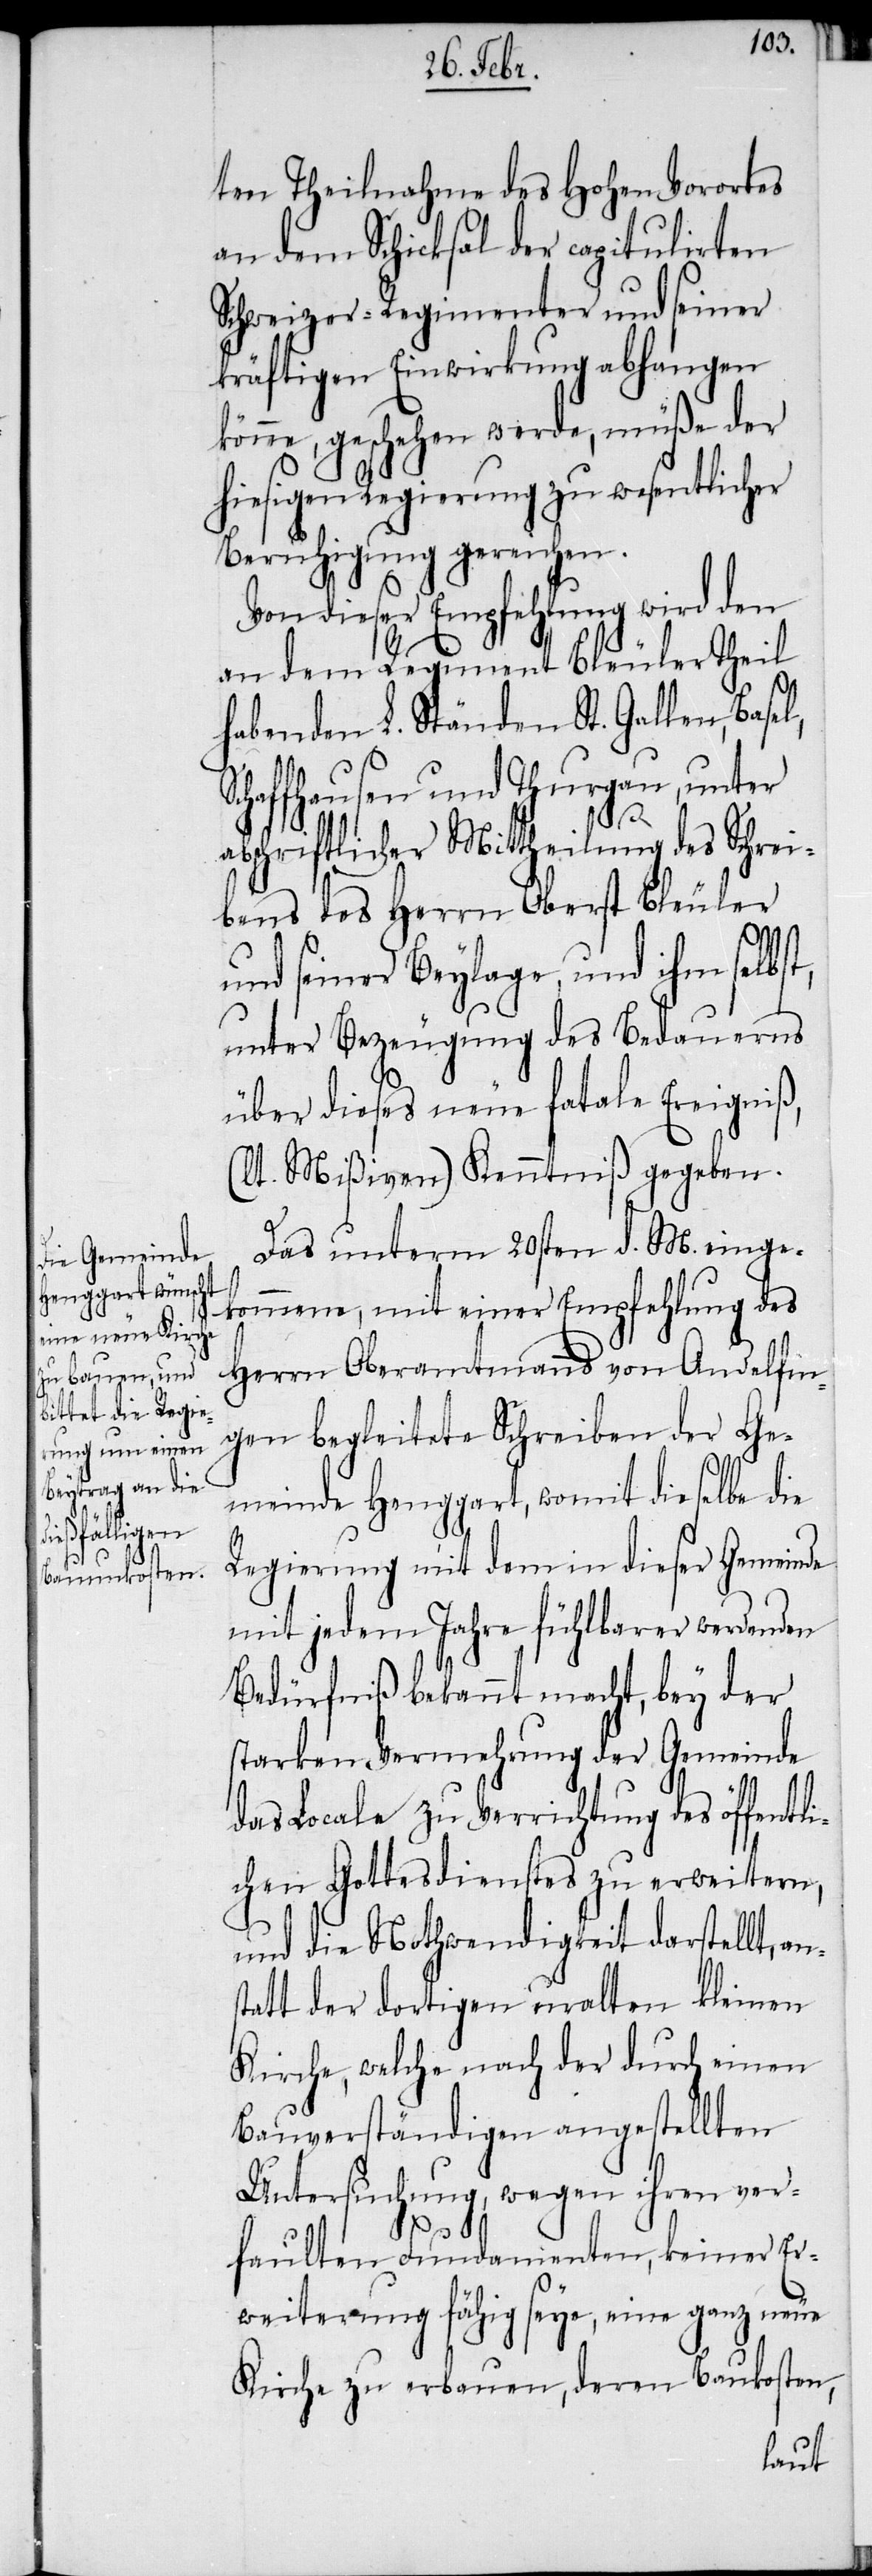
ten Theilnahme des Hohen Vorortes
an dem Schicksal der capitulirten
Schweizer-Regimenter und seiner
kräftigen Einwirkung abhangen
könne, geschehen werde, müße der
hiesigen Regierung zu wesentlicher
Beruhigung gereichen.
Von dieser Empfehlung wird den
an dem Regiment Bleuler Theil
habenden L. Ständen St. Gallen, Basel,
Schaffhausen und Thurgau, unter
s¬
abschriftlicher Mittheilung des Schrei¬
bens des Herrn Oberst Bleuler
und seiner Beylage, und ihm selbst,
unter Bezeugung des Bedauerns
über dieses neue fatale Ereigniß,
(lt. Mißiven) Kenntniß gegeben.
Das unterm 20sten d. M. einge¬
kommene, mit einer Empfehlung des
Herrn Oberamtmanns von Andelfin¬
gen begleitete Schreiben der Ge¬
meinde Henggart, womit dieselbe die
Regierung mit dem in dieser Gemeinde
mit jedem Jahre fühlbarer werdenden
Bedürfniß bekannt macht, bey der
starken Vermehrung der Gemeinde
das Locale zu Verrichtung des öffentl¬
ichen Gottesdienstes zu erweitern,
und die Nothwendigkeit darstellt, an¬
tatt der dortigen uralten kleinen
Kirche, welche nach der durch einen
Bauverständigen angestellten
Untersuchung, wegen ihren ver¬
faulten Fundamenten, keiner Er¬
weiterung fähig seye, eine ganz neue
Kirche zu erbauen, deren Baukosten,